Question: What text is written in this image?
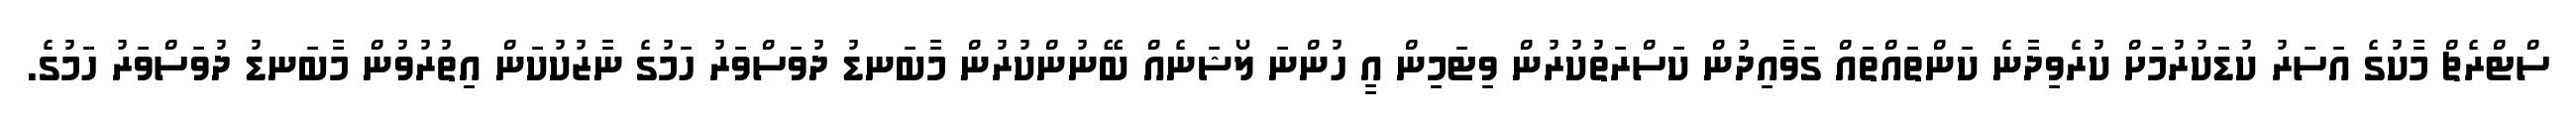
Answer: ސްޓްރެޗް މާކުގެ އަސަރު ކުޑަކުރުމަށް ކުރެވިދާނެ ކަންތައްތައް ގަވާއިދުން ކަސްރަތުކުރުން ވިޓަމިން އީ ހުންނަ ލޯޝަނެއް ބޭނުންކުރުން މާބަނޑު ދުވަސްވަރު ހަމުގެ ނާޒުކުކަން އިތުރުވުން މާބަނޑު ދުވަސްވަރު ހަމުގެ.